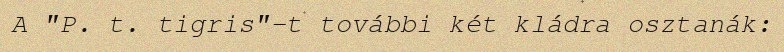
A "P. t. tigris"-t további két kládra osztanák: